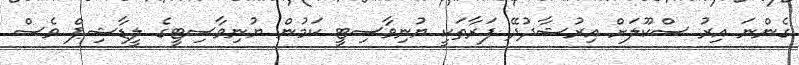
ގެންނަ އިރު ސްކޫލަށް އިރުޝާދުދޭ ފަރާތަކީ ޔުނިވާސިޓީ ކަމުން ޔުނިވާސިޓީގެ ލީޑާޝިޕް ވެސް